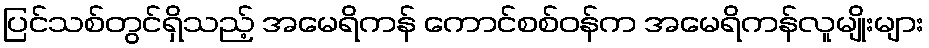
ပြင်သစ်တွင်ရှိသည့် အမေရိကန် ကောင်စစ်ဝန်က အမေရိကန်လူမျိုးများ